Report on the bubonic plague in Bombay, 1896-1897
Year: 1896
Disease focus: Plague
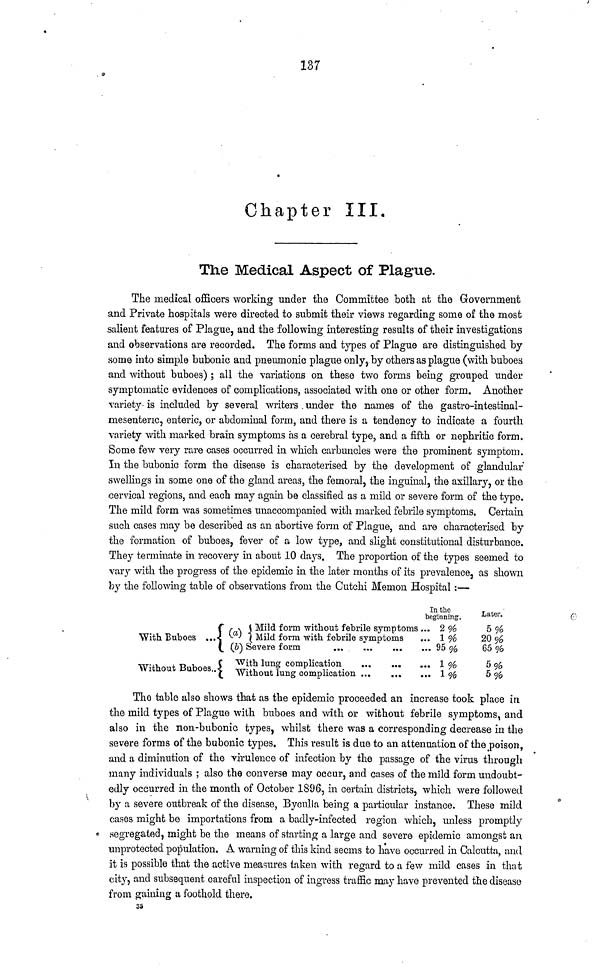
137
Chapter
III.
The Medical Aspect of Plague.
The medical officers working under the Committee both at the Government
and Private hospitals were directed to submit their views regarding some of the most
salient features of Plague, and the following interesting results of their investigations
and observations are recorded. The forms and types of Plague are distinguished by
some into simple bubonic and pneumonic plague only, by others as plague (with buboes
and without buboes) ; all the variations on these two forms being grouped under
symptomatic evidences of complications, associated with one or other form. Another
variety is included by several writers under the names of the gastro-intestinal-
mesenteric, enteric, or abdominal form, and there is a tendency to indicate a fourth
variety with marked brain symptoms as a cerebral type, and a fifth or nephritic form.
Some few very rare cases occurred in which carbuncles were the prominent symptom.
In the bubonic form the disease is characterised by the development of glandular
swellings in some one of the gland areas, the femoral, the inguinal, the axillary, or the
cervical regions, and each may again be classified as a mild or severe form of the type.
The mild form was sometimes unaccompanied with marked febrile symptoms. Certain
such cases may be described as an abortive form of Plague, and are characterised by
the formation of buboes, fever of a low type, and slight constitutional disturbance.
They terminate in recovery in about 10 days. The proportion of the types seemed to
vary with the progress of the epidemic in the later months of its prevalence, as shown
by the following table of observations from the Cutchi Memon Hospital :—
With Buboes ...
Without Buboes..
In the
beginning.
Mild form without febrile symptoms ...
Mild form with febrile symptoms
With lung complication
...
Without lung complication
2%
1 %
95%
1 %
1%
Later.
5 %
20 %
65 %
5 %
5 %
The table also shows that as the epidemic proceeded an increase took place in
the mild types of Plague with buboes and with or without febrile symptoms, and
also in the non-bubonic types, whilst there was a corresponding decrease in the
severe forms of the bubonic types. This result is due to an attenuation of the poison,
and a diminution of the virulence of infection by the passage of the virus through
many individuals ; also the converse may occur, and cases of the mild form undoubt-
edly occurred in the month of October 1896, in certain districts, which were followed
by a severe outbreak of the disease, Byculla being a particular instance. These mild
eases might be importations from a badly-infected region which, unless promptly
segregated, might be the means of starting a large and severe epidemic amongst an
unprotected population. A warning of this kind seems to have occurred in Calcutta, and
it is possible that the active measures taken with regard to a few mild cases in that
city, and subsequent careful inspection of ingress traffic may have prevented the disease
from gaining a foothold there.
35